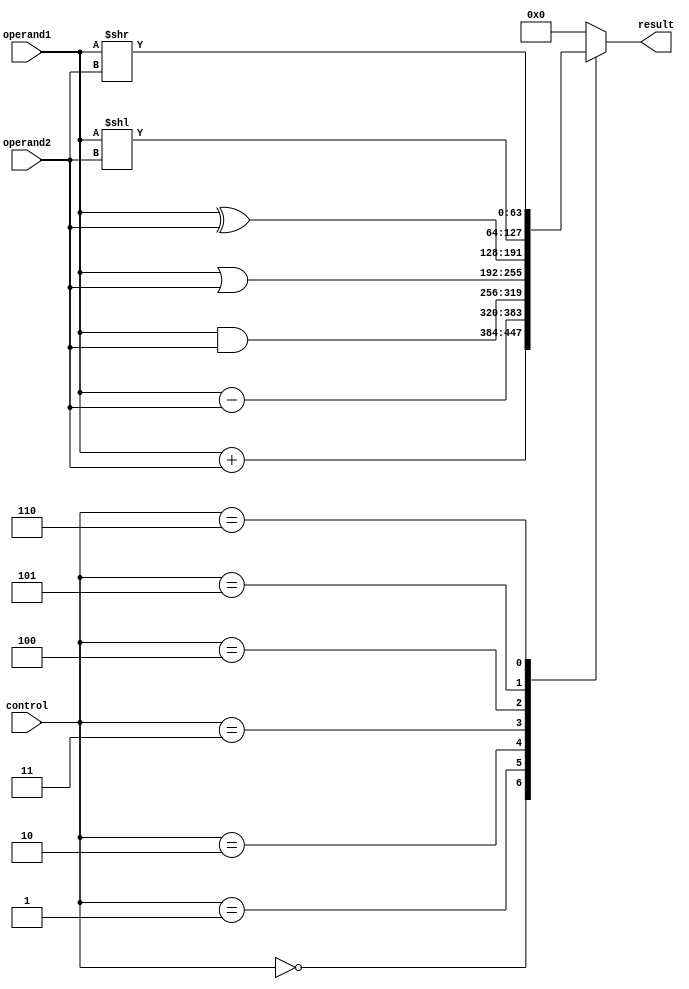
module ALU_64bit (
    input [63:0] operand1,
    input [63:0] operand2,
    input [3:0] control,
    output reg [63:0] result
);

always @(*) begin
    case (control)
        4'b0000: result = operand1 + operand2; // Addition
        4'b0001: result = operand1 - operand2; // Subtraction
        4'b0010: result = operand1 & operand2; // Bitwise AND
        4'b0011: result = operand1 | operand2; // Bitwise OR
        4'b0100: result = operand1 ^ operand2; // Bitwise XOR
        4'b0101: result = operand1 << operand2; // Left shift
        4'b0110: result = operand1 >> operand2; // Right shift
        default: result = 64'h0; // Default case
    endcase
end

endmodule